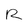
Character: R